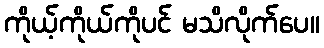
ကိုယ့်ကိုယ်ကိုပင် မသိလိုက်ပေ။